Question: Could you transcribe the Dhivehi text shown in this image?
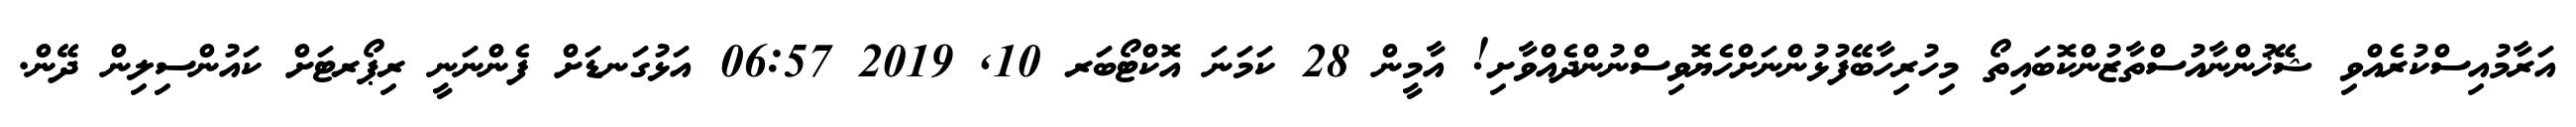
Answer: އަރާމުއިސްކުރެއްވި ޝޭޚުންނާއުސްތާޒުންކޮބައިތޯ މިހުރިހާބޭފުޅުންނަށްހެޔޮވިސްނުންދެއްވާށި! އާމީން 28 ކަމަނަ އޮކްޓޯބަރ 10, 2019 06:57 އަޅުގަނޑަށް ފެންނަނީ ރިޕޯރޓަށް ކައުންސިލިން ދޭން.